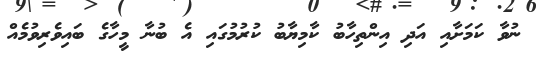
ނުވާ ކަމަށާއި އަދި އިންތިހާބު ކާމިޔާބު ކުރުމުގައި އެ ބުނާ މީހާގެ ބައިވެރިވުމެއް